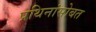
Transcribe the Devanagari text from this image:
प्रथिनांसोबत